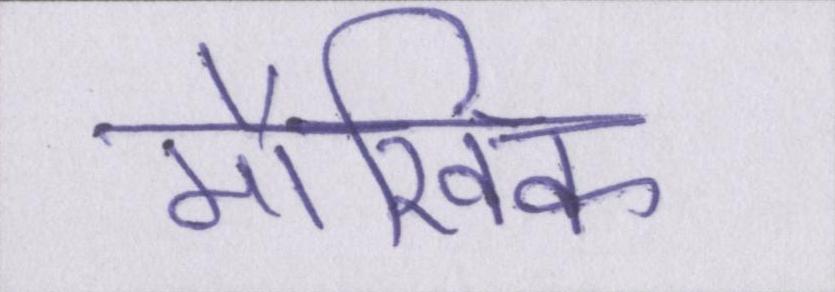
मौखिक